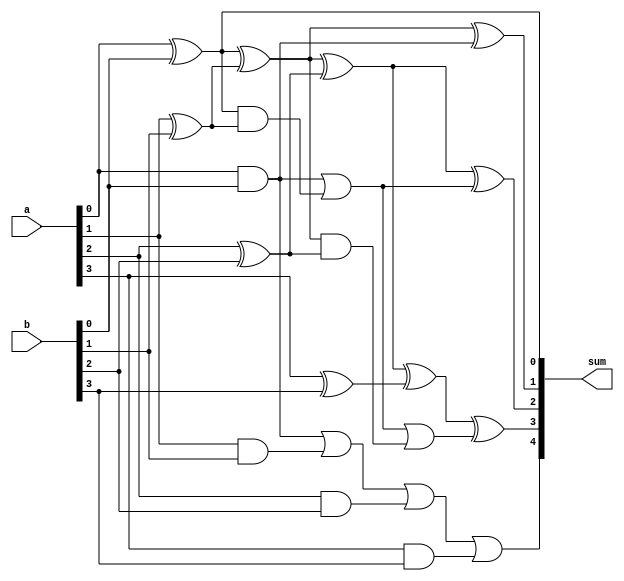
module brent_kung_adder (
    input [3:0] a,
    input [3:0] b,
    output reg [4:0] sum
);

reg [3:0] p_sum;
reg [3:0] g_sum;
reg [3:0] carry;

assign p_sum[0] = a[0] ^ b[0];
assign g_sum[0] = a[0] & b[0];
assign carry[0] = a[0] & b[0];

assign p_sum[1] = p_sum[0] ^ (a[1] ^ b[1]);
assign g_sum[1] = g_sum[0] | (a[1] & b[1]);
assign carry[1] = carry[0] | (p_sum[0] & (a[1] ^ b[1]));

assign p_sum[2] = p_sum[1] ^ (a[2] ^ b[2]);
assign g_sum[2] = g_sum[1] | (a[2] & b[2]);
assign carry[2] = carry[1] | (p_sum[1] & (a[2] ^ b[2]));

assign p_sum[3] = p_sum[2] ^ (a[3] ^ b[3]);
assign g_sum[3] = g_sum[2] | (a[3] & b[3]);
assign carry[3] = carry[2] | (p_sum[2] & (a[3] ^ b[3]));

assign sum[0] = p_sum[0];
assign sum[1] = p_sum[1] ^ carry[0];
assign sum[2] = p_sum[2] ^ carry[1];
assign sum[3] = p_sum[3] ^ carry[2];
assign sum[4] = g_sum[3];

endmodule